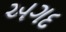
અગદ